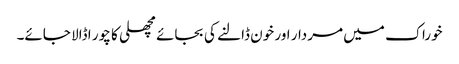
خوراک میں مردار اور خون ڈالنے کی بجائے مچھلی کا چور ا ڈالا جائے۔